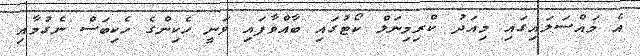
އެ މައްސަލައިގައި މިއަދު ކްރިމިނަލް ކޯޓުގައި ބާއްވާފައި ވަނީ ހެކިންގެ ހެކިބަސް ނެގުމާއި